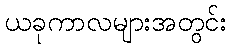
ယခုကာလများအတွင်း